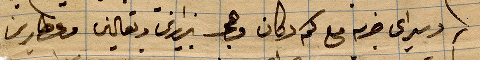
وسيراي خربة مع كم دكان و...زارين ونعالين وعطارين